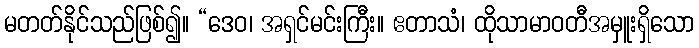
မတတ်နိုင်သည်ဖြစ်၍။ “ဒေဝ၊ အရှင်မင်းကြီး။ ဧတာသံ၊ ထိုသာမာဝတီအမှူးရှိသော